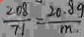
\frac { 2 0 8 } { 7 1 } = \frac { 2 0 . 8 9 } { m }